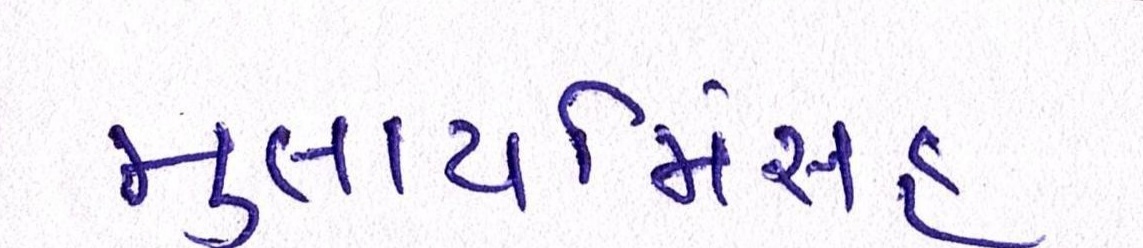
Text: મુલાયમિંસહ